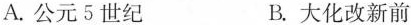
A.公元5世纪 B.大化改新前